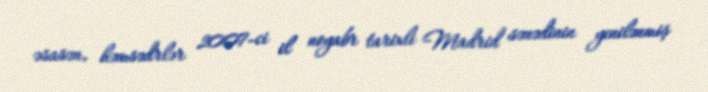
əsasən, həmsədrlər 2007-ci il noyabr tarixli Madrid sənədinin yenilənmiş